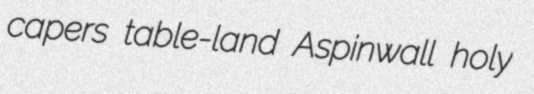
capers table-land Aspinwall holy